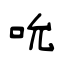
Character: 吮